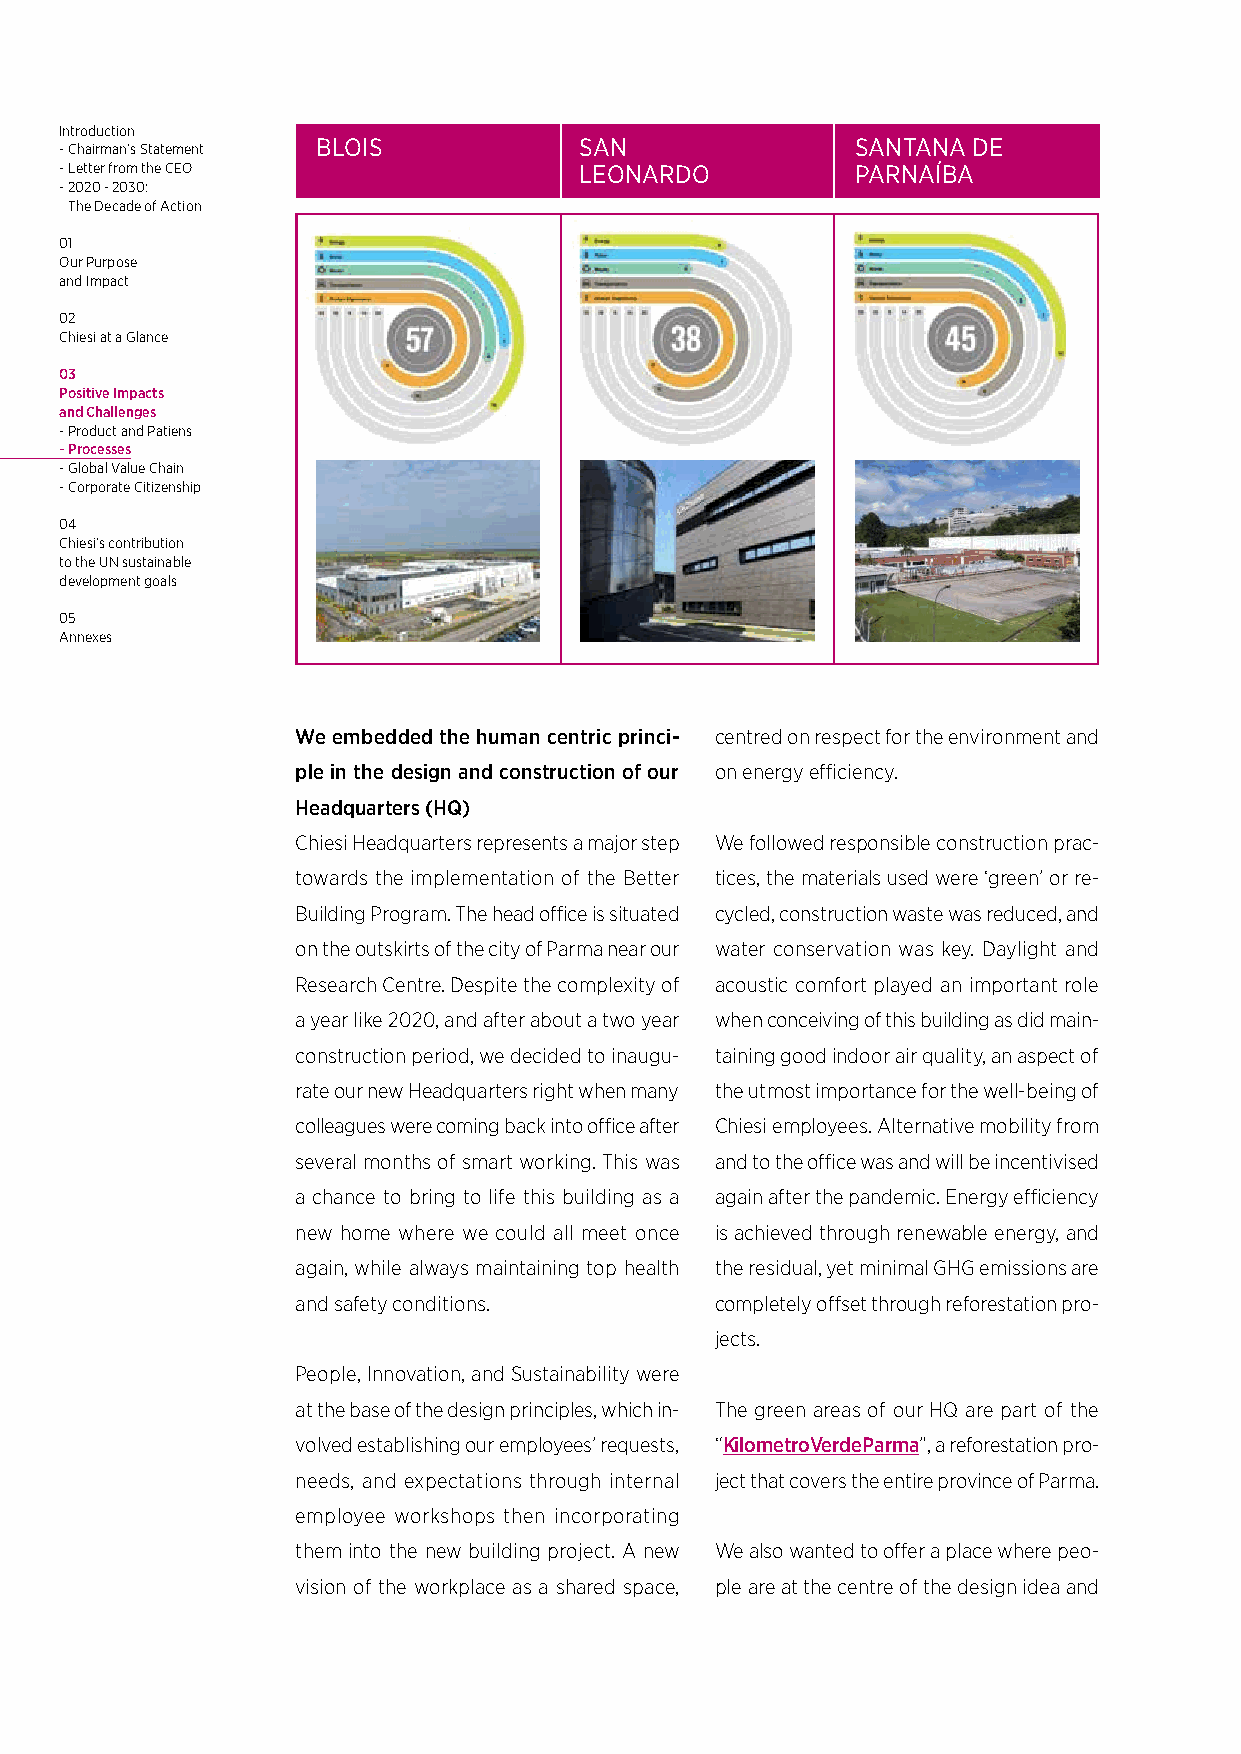
Introduction
 - Chairman’s Statement BLOIS      SAN                SANTANA DE
 - Letter from the CEO             LEONARDO           PARNAÍBA
 - 2020 - 2030:
 The Decade of Action
 01
 Our Purpose
 and Impact
 02
 Chiesi at a Glance
 03
 Positive Impacts
 and Challenges
 - Product and Patiens
 - Processes
 - Global Value Chain
 - Corporate Citizenship
 04
 Chiesi’s contribution
 to the UN sustainable
 development goals
 05
 Annexes
 We embedded the human centric princi- centred on respect for the environment and
 ple in the design and construction of our on energy efficiency.
 Headquarters (HQ)
 Chiesi Headquarters represents a major step We followed responsible construction prac-
 towards the implementation of the Better tices, the materials used were ‘green’ or re-
 Building Program. The head office is situated cycled, construction waste was reduced, and
 on the outskirts of the city of Parma near our water conservation was key. Daylight and
 Research Centre. Despite the complexity of acoustic comfort played an important role
 a year like 2020, and after about a two year when conceiving of this building as did main-
 construction period, we decided to inaugu- taining good indoor air quality, an aspect of
 rate our new Headquarters right when many the utmost importance for the well-being of
 colleagues were coming back into office after Chiesi employees. Alternative mobility from
 several months of smart working. This was and to the office was and will be incentivised
 a chance to bring to life this building as a again after the pandemic. Energy efficiency
 new home where we could all meet once is achieved through renewable energy, and
 again, while always maintaining top health the residual, yet minimal GHG emissions are
 and safety conditions.     completely offset through reforestation pro-
 jects.
 People, Innovation, and Sustainability were
 at the base of the design principles, which in- The green areas of our HQ are part of the
 volved establishing our employees’ requests, “KilometroVerdeParma”, a reforestation pro-
 needs, and expectations through internal ject that covers the entire province of Parma.
 employee workshops then incorporating
 them into the new building project. A new We also wanted to offer a place where peo-
 vision of the workplace as a shared space, ple are at the centre of the design idea and